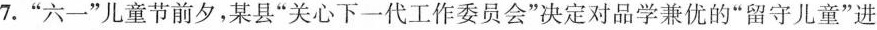
7.”六一”儿童节前夕，某县”关心下一代工作委员会”决定对品学兼优的”留守儿童”进